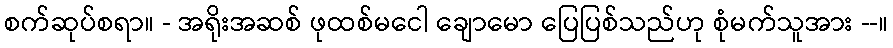
စက်ဆုပ်စရာ။ - အရိုးအဆစ် ဖုထစ်မငေါ ချောမော ပြေပြစ်သည်ဟု စုံမက်သူအား --။